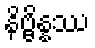
နိဗ္ဗိန္နဿ